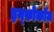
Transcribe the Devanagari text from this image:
इन्फ़ोकॉम